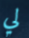
لي